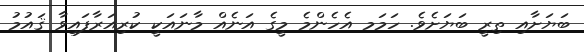
ބަޔަށާއި ތިރީ ބަޔަށެވެ. ހަމަމ އެހެންމެ މީގެ އަނެއް މާނައަކީ ކުރިއަރާފައިވާ ޤައުމު